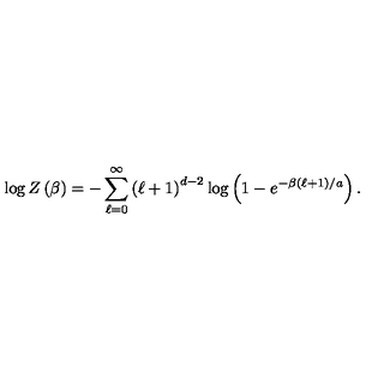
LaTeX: \log Z \left( \beta \right) = - \sum _ { \ell = 0 } ^ { \infty } \left( \ell + 1 \right) ^ { d - 2 } \log \left( 1 - e ^ { - \beta \left( \ell + 1 \right) / a } \right) .